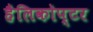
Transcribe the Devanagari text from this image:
हैलिकोप्टर